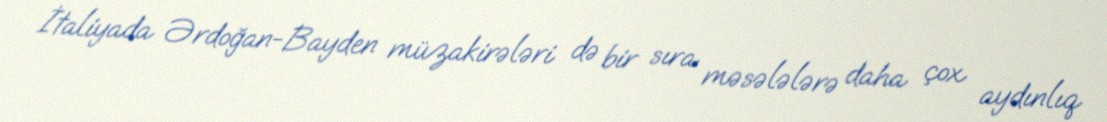
İtaliyada Ərdoğan-Bayden müzakirələri də bir sıra məsələlərə daha çox aydınlıq